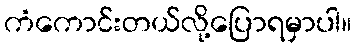
ကံကောင်းတယ်လို့ပြောရမှာပါ။